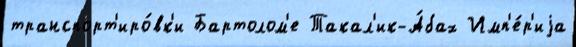
транспорт'иро́вк'и Бартолом'е Такал'ик-А́бах Имп'е́р'иjа